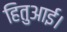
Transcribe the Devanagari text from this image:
हितुआई।